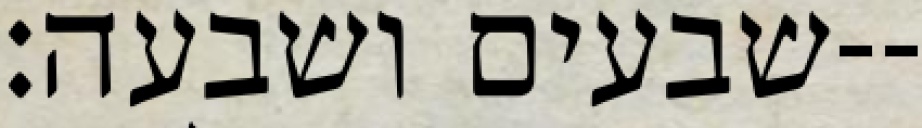
שבעים ושבעה׃--